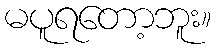
မပူရတော့ဘူး။